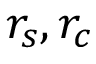
r _ { s } , r _ { c }